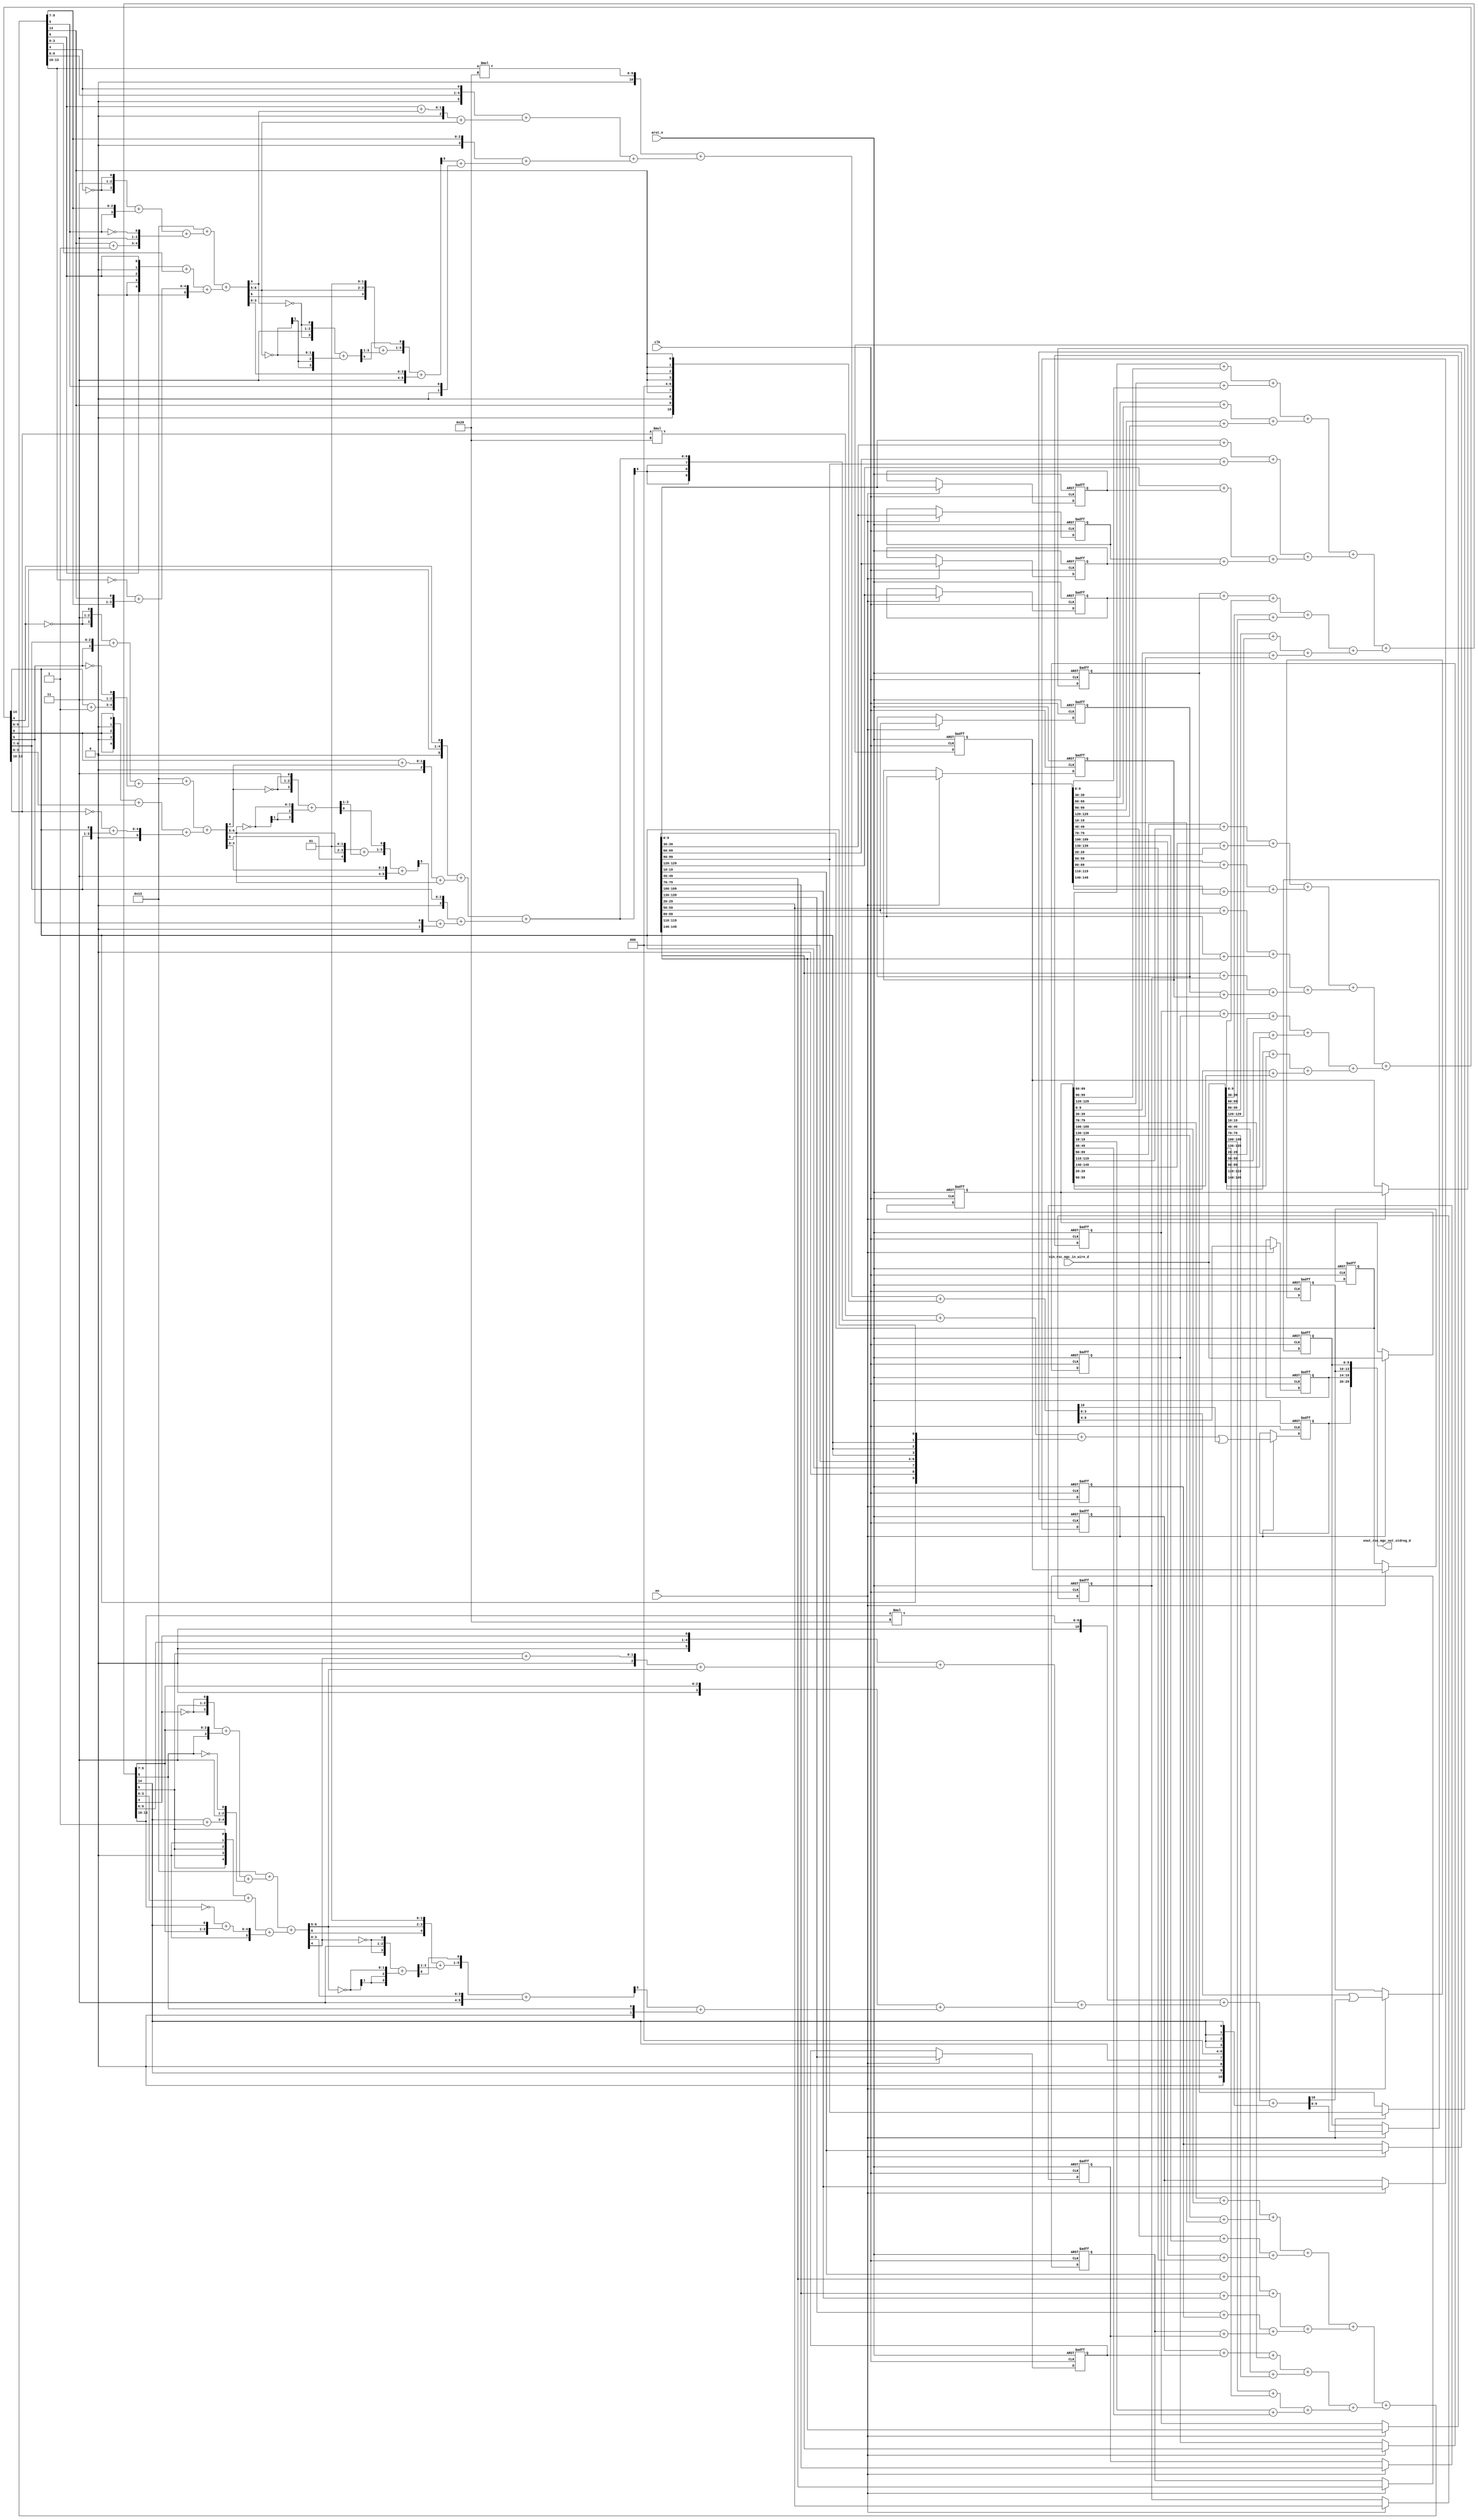
module mean_vga_core (
  clk, en, arst_n, vin_rsc_mgc_in_wire_d, vout_rsc_mgc_out_stdreg_d
);
  input clk;
  input en;
  input arst_n;
  input [149:0] vin_rsc_mgc_in_wire_d;
  output [29:0] vout_rsc_mgc_out_stdreg_d;


  // Interconnect Declarations
  reg [149:0] regs_regs_3_sva_1;
  reg [149:0] regs_regs_2_sva_1;
  reg [9:0] slc_regs_regs_4_itm;
  reg [9:0] slc_regs_regs_4_1_itm;
  reg [9:0] slc_regs_regs_4_2_itm;
  reg [9:0] slc_regs_regs_4_3_itm;
  reg [9:0] slc_regs_regs_4_4_itm;
  reg [9:0] slc_regs_regs_4_5_itm;
  reg [9:0] slc_regs_regs_4_6_itm;
  reg [9:0] slc_regs_regs_4_7_itm;
  reg [9:0] slc_regs_regs_4_8_itm;
  reg [9:0] slc_regs_regs_4_9_itm;
  reg [9:0] slc_regs_regs_4_10_itm;
  reg [9:0] slc_regs_regs_4_11_itm;
  reg [9:0] slc_regs_regs_4_12_itm;
  reg [9:0] slc_regs_regs_4_13_itm;
  reg [9:0] slc_regs_regs_4_14_itm;
  reg [149:0] reg_regs_regs_0_sva_cse;
  reg [9:0] reg_vout_rsc_mgc_out_stdreg_d_tmp;
  wire [11:0] nl_reg_vout_rsc_mgc_out_stdreg_d_tmp;
  reg [5:0] reg_vout_rsc_mgc_out_stdreg_d_tmp_1;
  reg [3:0] reg_vout_rsc_mgc_out_stdreg_d_tmp_2;
  reg [9:0] reg_vout_rsc_mgc_out_stdreg_d_tmp_3;
  wire [14:0] ACC_acc_psp_sva;
  wire [15:0] nl_ACC_acc_psp_sva;
  wire [6:0] acc_imod_sva;
  wire [8:0] nl_acc_imod_sva;
  wire [3:0] acc_69_sdt;
  wire [4:0] nl_acc_69_sdt;
  wire [10:0] acc_15_psp_1_sva;
  wire [12:0] nl_acc_15_psp_1_sva;
  wire [10:0] acc_23_psp_1_sva;
  wire [12:0] nl_acc_23_psp_1_sva;
  wire [14:0] ACC_acc_33_psp_sva;
  wire [15:0] nl_ACC_acc_33_psp_sva;
  wire [6:0] acc_imod_4_sva;
  wire [8:0] nl_acc_imod_4_sva;
  wire [3:0] acc_60_sdt;
  wire [4:0] nl_acc_60_sdt;
  wire [14:0] ACC_acc_32_psp_sva;
  wire [15:0] nl_ACC_acc_32_psp_sva;
  wire [6:0] acc_imod_2_sva;
  wire [8:0] nl_acc_imod_2_sva;
  wire [3:0] acc_44_sdt;
  wire [4:0] nl_acc_44_sdt;


  // Interconnect Declarations for Component Instantiations 
  assign vout_rsc_mgc_out_stdreg_d = {reg_vout_rsc_mgc_out_stdreg_d_tmp , reg_vout_rsc_mgc_out_stdreg_d_tmp_1
      , reg_vout_rsc_mgc_out_stdreg_d_tmp_2 , reg_vout_rsc_mgc_out_stdreg_d_tmp_3};
  assign nl_ACC_acc_psp_sva = conv_u2u_14_15(conv_u2u_13_14(conv_u2u_12_13(conv_u2u_11_12(conv_u2u_10_11(reg_regs_regs_0_sva_cse[89:80])
      + conv_u2u_10_11(reg_regs_regs_0_sva_cse[119:110])) + conv_u2u_11_12(conv_u2u_10_11(reg_regs_regs_0_sva_cse[149:140])
      + conv_u2u_10_11(regs_regs_2_sva_1[29:20]))) + conv_u2u_12_13(conv_u2u_11_12(conv_u2u_10_11(regs_regs_2_sva_1[59:50])
      + conv_u2u_10_11(regs_regs_2_sva_1[89:80])) + conv_u2u_11_12(conv_u2u_10_11(regs_regs_2_sva_1[119:110])
      + conv_u2u_10_11(regs_regs_2_sva_1[149:140])))) + conv_u2u_13_14(conv_u2u_12_13(conv_u2u_11_12(conv_u2u_10_11(regs_regs_3_sva_1[29:20])
      + conv_u2u_10_11(regs_regs_3_sva_1[59:50])) + conv_u2u_11_12(conv_u2u_10_11(regs_regs_3_sva_1[89:80])
      + conv_u2u_10_11(regs_regs_3_sva_1[119:110]))) + conv_u2u_12_13(conv_u2u_11_12(conv_u2u_10_11(regs_regs_3_sva_1[149:140])
      + conv_u2u_10_11(slc_regs_regs_4_itm)) + conv_u2u_11_12(conv_u2u_10_11(slc_regs_regs_4_1_itm)
      + conv_u2u_10_11(slc_regs_regs_4_2_itm))))) + conv_u2u_14_15(conv_u2u_13_14(conv_u2u_12_13(conv_u2u_11_12(conv_u2u_10_11(slc_regs_regs_4_3_itm)
      + conv_u2u_10_11(slc_regs_regs_4_4_itm)) + conv_u2u_10_12(vin_rsc_mgc_in_wire_d[29:20]))
      + conv_u2u_11_13(conv_u2u_10_11(vin_rsc_mgc_in_wire_d[59:50]) + conv_u2u_10_11(vin_rsc_mgc_in_wire_d[89:80])))
      + conv_u2u_12_14(conv_u2u_11_12(conv_u2u_10_11(vin_rsc_mgc_in_wire_d[119:110])
      + conv_u2u_10_11(vin_rsc_mgc_in_wire_d[149:140])) + conv_u2u_11_12(conv_u2u_10_11(reg_regs_regs_0_sva_cse[29:20])
      + conv_u2u_10_11(reg_regs_regs_0_sva_cse[59:50]))));
  assign ACC_acc_psp_sva = nl_ACC_acc_psp_sva[14:0];
  assign nl_acc_imod_sva = conv_s2s_6_7(6'b10011 + (conv_u2u_5_6(conv_u2u_4_5({(~
      (ACC_acc_psp_sva[4])) , 2'b11 , (~ (ACC_acc_psp_sva[4]))}) + conv_u2u_4_5({(ACC_acc_psp_sva[5])
      , (ACC_acc_psp_sva[9:7])})) + conv_u2u_5_6({(conv_u2u_1_2(ACC_acc_psp_sva[14])
      + 2'b1) , 2'b11 , (~ (ACC_acc_psp_sva[5]))}))) + (conv_s2s_5_7(({(ACC_acc_psp_sva[6])
      , 1'b0 , (ACC_acc_psp_sva[6]) , 1'b0 , (ACC_acc_psp_sva[6])}) + conv_u2s_4_5(ACC_acc_psp_sva[3:0]))
      + conv_u2s_5_7(conv_u2u_4_5(~ (ACC_acc_psp_sva[13:10])) + conv_u2u_4_5({(ACC_acc_psp_sva[9:7])
      , (ACC_acc_psp_sva[14])})));
  assign acc_imod_sva = nl_acc_imod_sva[6:0];
  assign nl_acc_69_sdt = ({(~ (acc_imod_sva[4])) , 2'b11 , (~ (acc_imod_sva[4]))})
      + conv_s2u_2_4(~ (acc_imod_sva[6:5]));
  assign acc_69_sdt = nl_acc_69_sdt[3:0];
  assign nl_acc_15_psp_1_sva = (conv_u2s_10_12(conv_u2s_20_11(conv_u2u_4_10(ACC_acc_32_psp_sva[13:10])
      * 10'b101001)) + conv_s2s_7_11((conv_u2s_5_7({(ACC_acc_32_psp_sva[9:6]) , (ACC_acc_32_psp_sva[4])})
      + conv_s2s_3_7(conv_u2s_2_3(conv_u2u_1_2(ACC_acc_32_psp_sva[6]) + conv_u2u_1_2(acc_imod_2_sva[4]))
      + conv_s2s_2_3(acc_imod_2_sva[6:5]))) + conv_s2s_5_7(conv_u2s_3_5(ACC_acc_32_psp_sva[9:7])
      + conv_s2s_2_5(conv_s2s_1_2(readslicef_6_1_5((({(conv_s2u_4_5({(acc_imod_2_sva[6:5])
      , 2'b1}) + conv_u2u_3_5(acc_44_sdt[3:1])) , (acc_44_sdt[0])}) + conv_s2s_5_6({1'b1
      , (acc_imod_2_sva[3:0])})))) + conv_u2s_1_2(ACC_acc_32_psp_sva[5]))))) + conv_u2s_10_11({(ACC_acc_32_psp_sva[14])
      , 1'b0 , (ACC_acc_32_psp_sva[14]) , 3'b0 , (signext_4_1(ACC_acc_32_psp_sva[14]))});
  assign acc_15_psp_1_sva = nl_acc_15_psp_1_sva[10:0];
  assign nl_acc_23_psp_1_sva = (conv_u2s_10_12(conv_u2s_20_11(conv_u2u_4_10(ACC_acc_33_psp_sva[13:10])
      * 10'b101001)) + conv_s2s_7_11((conv_u2s_5_7({(ACC_acc_33_psp_sva[9:6]) , (ACC_acc_33_psp_sva[4])})
      + conv_s2s_3_7(conv_u2s_2_3(conv_u2u_1_2(ACC_acc_33_psp_sva[6]) + conv_u2u_1_2(acc_imod_4_sva[4]))
      + conv_s2s_2_3(acc_imod_4_sva[6:5]))) + conv_s2s_5_7(conv_u2s_3_5(ACC_acc_33_psp_sva[9:7])
      + conv_s2s_2_5(conv_s2s_1_2(readslicef_6_1_5((({(conv_s2u_4_5({(acc_imod_4_sva[6:5])
      , 2'b1}) + conv_u2u_3_5(acc_60_sdt[3:1])) , (acc_60_sdt[0])}) + conv_s2s_5_6({1'b1
      , (acc_imod_4_sva[3:0])})))) + conv_u2s_1_2(ACC_acc_33_psp_sva[5]))))) + conv_u2s_10_11({(ACC_acc_33_psp_sva[14])
      , 1'b0 , (ACC_acc_33_psp_sva[14]) , 3'b0 , (signext_4_1(ACC_acc_33_psp_sva[14]))});
  assign acc_23_psp_1_sva = nl_acc_23_psp_1_sva[10:0];
  assign nl_ACC_acc_33_psp_sva = conv_u2u_14_15(conv_u2u_13_14(conv_u2u_12_13(conv_u2u_11_12(conv_u2u_10_11(reg_regs_regs_0_sva_cse[69:60])
      + conv_u2u_10_11(reg_regs_regs_0_sva_cse[99:90])) + conv_u2u_11_12(conv_u2u_10_11(reg_regs_regs_0_sva_cse[129:120])
      + conv_u2u_10_11(regs_regs_2_sva_1[9:0]))) + conv_u2u_12_13(conv_u2u_11_12(conv_u2u_10_11(regs_regs_2_sva_1[39:30])
      + conv_u2u_10_11(regs_regs_2_sva_1[69:60])) + conv_u2u_11_12(conv_u2u_10_11(regs_regs_2_sva_1[99:90])
      + conv_u2u_10_11(regs_regs_2_sva_1[129:120])))) + conv_u2u_13_14(conv_u2u_12_13(conv_u2u_11_12(conv_u2u_10_11(regs_regs_3_sva_1[9:0])
      + conv_u2u_10_11(regs_regs_3_sva_1[39:30])) + conv_u2u_11_12(conv_u2u_10_11(regs_regs_3_sva_1[69:60])
      + conv_u2u_10_11(regs_regs_3_sva_1[99:90]))) + conv_u2u_12_13(conv_u2u_11_12(conv_u2u_10_11(regs_regs_3_sva_1[129:120])
      + conv_u2u_10_11(slc_regs_regs_4_10_itm)) + conv_u2u_11_12(conv_u2u_10_11(slc_regs_regs_4_11_itm)
      + conv_u2u_10_11(slc_regs_regs_4_12_itm))))) + conv_u2u_14_15(conv_u2u_13_14(conv_u2u_12_13(conv_u2u_11_12(conv_u2u_10_11(slc_regs_regs_4_13_itm)
      + conv_u2u_10_11(slc_regs_regs_4_14_itm)) + conv_u2u_10_12(vin_rsc_mgc_in_wire_d[9:0]))
      + conv_u2u_11_13(conv_u2u_10_11(vin_rsc_mgc_in_wire_d[39:30]) + conv_u2u_10_11(vin_rsc_mgc_in_wire_d[69:60])))
      + conv_u2u_12_14(conv_u2u_11_12(conv_u2u_10_11(vin_rsc_mgc_in_wire_d[99:90])
      + conv_u2u_10_11(vin_rsc_mgc_in_wire_d[129:120])) + conv_u2u_11_12(conv_u2u_10_11(reg_regs_regs_0_sva_cse[9:0])
      + conv_u2u_10_11(reg_regs_regs_0_sva_cse[39:30]))));
  assign ACC_acc_33_psp_sva = nl_ACC_acc_33_psp_sva[14:0];
  assign nl_acc_imod_4_sva = conv_s2s_6_7(6'b10011 + (conv_u2u_5_6(conv_u2u_4_5({(~
      (ACC_acc_33_psp_sva[4])) , 2'b11 , (~ (ACC_acc_33_psp_sva[4]))}) + conv_u2u_4_5({(ACC_acc_33_psp_sva[5])
      , (ACC_acc_33_psp_sva[9:7])})) + conv_u2u_5_6({(conv_u2u_1_2(ACC_acc_33_psp_sva[14])
      + 2'b1) , 2'b11 , (~ (ACC_acc_33_psp_sva[5]))}))) + (conv_s2s_5_7(({(ACC_acc_33_psp_sva[6])
      , 1'b0 , (ACC_acc_33_psp_sva[6]) , 1'b0 , (ACC_acc_33_psp_sva[6])}) + conv_u2s_4_5(ACC_acc_33_psp_sva[3:0]))
      + conv_u2s_5_7(conv_u2u_4_5(~ (ACC_acc_33_psp_sva[13:10])) + conv_u2u_4_5({(ACC_acc_33_psp_sva[9:7])
      , (ACC_acc_33_psp_sva[14])})));
  assign acc_imod_4_sva = nl_acc_imod_4_sva[6:0];
  assign nl_acc_60_sdt = ({(~ (acc_imod_4_sva[4])) , 2'b11 , (~ (acc_imod_4_sva[4]))})
      + conv_s2u_2_4(~ (acc_imod_4_sva[6:5]));
  assign acc_60_sdt = nl_acc_60_sdt[3:0];
  assign nl_ACC_acc_32_psp_sva = conv_u2u_14_15(conv_u2u_13_14(conv_u2u_12_13(conv_u2u_11_12(conv_u2u_10_11(reg_regs_regs_0_sva_cse[79:70])
      + conv_u2u_10_11(reg_regs_regs_0_sva_cse[109:100])) + conv_u2u_11_12(conv_u2u_10_11(reg_regs_regs_0_sva_cse[139:130])
      + conv_u2u_10_11(regs_regs_2_sva_1[19:10]))) + conv_u2u_12_13(conv_u2u_11_12(conv_u2u_10_11(regs_regs_2_sva_1[49:40])
      + conv_u2u_10_11(regs_regs_2_sva_1[79:70])) + conv_u2u_11_12(conv_u2u_10_11(regs_regs_2_sva_1[109:100])
      + conv_u2u_10_11(regs_regs_2_sva_1[139:130])))) + conv_u2u_13_14(conv_u2u_12_13(conv_u2u_11_12(conv_u2u_10_11(regs_regs_3_sva_1[19:10])
      + conv_u2u_10_11(regs_regs_3_sva_1[49:40])) + conv_u2u_11_12(conv_u2u_10_11(regs_regs_3_sva_1[79:70])
      + conv_u2u_10_11(regs_regs_3_sva_1[109:100]))) + conv_u2u_12_13(conv_u2u_11_12(conv_u2u_10_11(regs_regs_3_sva_1[139:130])
      + conv_u2u_10_11(slc_regs_regs_4_5_itm)) + conv_u2u_11_12(conv_u2u_10_11(slc_regs_regs_4_6_itm)
      + conv_u2u_10_11(slc_regs_regs_4_7_itm))))) + conv_u2u_14_15(conv_u2u_13_14(conv_u2u_12_13(conv_u2u_11_12(conv_u2u_10_11(slc_regs_regs_4_8_itm)
      + conv_u2u_10_11(slc_regs_regs_4_9_itm)) + conv_u2u_10_12(vin_rsc_mgc_in_wire_d[19:10]))
      + conv_u2u_11_13(conv_u2u_10_11(vin_rsc_mgc_in_wire_d[49:40]) + conv_u2u_10_11(vin_rsc_mgc_in_wire_d[79:70])))
      + conv_u2u_12_14(conv_u2u_11_12(conv_u2u_10_11(vin_rsc_mgc_in_wire_d[109:100])
      + conv_u2u_10_11(vin_rsc_mgc_in_wire_d[139:130])) + conv_u2u_11_12(conv_u2u_10_11(reg_regs_regs_0_sva_cse[19:10])
      + conv_u2u_10_11(reg_regs_regs_0_sva_cse[49:40]))));
  assign ACC_acc_32_psp_sva = nl_ACC_acc_32_psp_sva[14:0];
  assign nl_acc_imod_2_sva = conv_s2s_6_7(6'b10011 + (conv_u2u_5_6(conv_u2u_4_5({(~
      (ACC_acc_32_psp_sva[4])) , 2'b11 , (~ (ACC_acc_32_psp_sva[4]))}) + conv_u2u_4_5({(ACC_acc_32_psp_sva[5])
      , (ACC_acc_32_psp_sva[9:7])})) + conv_u2u_5_6({(conv_u2u_1_2(ACC_acc_32_psp_sva[14])
      + 2'b1) , 2'b11 , (~ (ACC_acc_32_psp_sva[5]))}))) + (conv_s2s_5_7(({(ACC_acc_32_psp_sva[6])
      , 1'b0 , (ACC_acc_32_psp_sva[6]) , 1'b0 , (ACC_acc_32_psp_sva[6])}) + conv_u2s_4_5(ACC_acc_32_psp_sva[3:0]))
      + conv_u2s_5_7(conv_u2u_4_5(~ (ACC_acc_32_psp_sva[13:10])) + conv_u2u_4_5({(ACC_acc_32_psp_sva[9:7])
      , (ACC_acc_32_psp_sva[14])})));
  assign acc_imod_2_sva = nl_acc_imod_2_sva[6:0];
  assign nl_acc_44_sdt = ({(~ (acc_imod_2_sva[4])) , 2'b11 , (~ (acc_imod_2_sva[4]))})
      + conv_s2u_2_4(~ (acc_imod_2_sva[6:5]));
  assign acc_44_sdt = nl_acc_44_sdt[3:0];
  always @(posedge clk or negedge arst_n) begin
    if ( ~ arst_n ) begin
      reg_regs_regs_0_sva_cse <= 150'b0;
      regs_regs_2_sva_1 <= 150'b0;
      regs_regs_3_sva_1 <= 150'b0;
      slc_regs_regs_4_10_itm <= 10'b0;
      slc_regs_regs_4_11_itm <= 10'b0;
      slc_regs_regs_4_12_itm <= 10'b0;
      slc_regs_regs_4_13_itm <= 10'b0;
      slc_regs_regs_4_14_itm <= 10'b0;
      slc_regs_regs_4_5_itm <= 10'b0;
      slc_regs_regs_4_6_itm <= 10'b0;
      slc_regs_regs_4_7_itm <= 10'b0;
      slc_regs_regs_4_8_itm <= 10'b0;
      slc_regs_regs_4_9_itm <= 10'b0;
      slc_regs_regs_4_itm <= 10'b0;
      slc_regs_regs_4_1_itm <= 10'b0;
      slc_regs_regs_4_2_itm <= 10'b0;
      slc_regs_regs_4_3_itm <= 10'b0;
      slc_regs_regs_4_4_itm <= 10'b0;
      reg_vout_rsc_mgc_out_stdreg_d_tmp <= 10'b0;
      reg_vout_rsc_mgc_out_stdreg_d_tmp_1 <= 6'b0;
      reg_vout_rsc_mgc_out_stdreg_d_tmp_2 <= 4'b0;
      reg_vout_rsc_mgc_out_stdreg_d_tmp_3 <= 10'b0;
    end
    else begin
      if ( en ) begin
        reg_regs_regs_0_sva_cse <= vin_rsc_mgc_in_wire_d;
        regs_regs_2_sva_1 <= reg_regs_regs_0_sva_cse;
        regs_regs_3_sva_1 <= regs_regs_2_sva_1;
        slc_regs_regs_4_10_itm <= regs_regs_3_sva_1[9:0];
        slc_regs_regs_4_11_itm <= regs_regs_3_sva_1[39:30];
        slc_regs_regs_4_12_itm <= regs_regs_3_sva_1[69:60];
        slc_regs_regs_4_13_itm <= regs_regs_3_sva_1[99:90];
        slc_regs_regs_4_14_itm <= regs_regs_3_sva_1[129:120];
        slc_regs_regs_4_5_itm <= regs_regs_3_sva_1[19:10];
        slc_regs_regs_4_6_itm <= regs_regs_3_sva_1[49:40];
        slc_regs_regs_4_7_itm <= regs_regs_3_sva_1[79:70];
        slc_regs_regs_4_8_itm <= regs_regs_3_sva_1[109:100];
        slc_regs_regs_4_9_itm <= regs_regs_3_sva_1[139:130];
        slc_regs_regs_4_itm <= regs_regs_3_sva_1[29:20];
        slc_regs_regs_4_1_itm <= regs_regs_3_sva_1[59:50];
        slc_regs_regs_4_2_itm <= regs_regs_3_sva_1[89:80];
        slc_regs_regs_4_3_itm <= regs_regs_3_sva_1[119:110];
        slc_regs_regs_4_4_itm <= regs_regs_3_sva_1[149:140];
        reg_vout_rsc_mgc_out_stdreg_d_tmp <= ((conv_u2s_20_10(conv_u2u_4_10(ACC_acc_psp_sva[13:10])
            * 10'b101001) + conv_s2s_7_10((conv_u2s_5_7({(ACC_acc_psp_sva[9:6]) ,
            (ACC_acc_psp_sva[4])}) + conv_s2s_3_7(conv_u2s_2_3(conv_u2u_1_2(ACC_acc_psp_sva[6])
            + conv_u2u_1_2(acc_imod_sva[4])) + conv_s2s_2_3(acc_imod_sva[6:5])))
            + conv_s2s_5_7(conv_u2s_3_5(ACC_acc_psp_sva[9:7]) + conv_s2s_2_5(conv_s2s_1_2(readslicef_6_1_5((({(conv_s2u_4_5({(acc_imod_sva[6:5])
            , 2'b1}) + conv_u2u_3_5(acc_69_sdt[3:1])) , (acc_69_sdt[0])}) + conv_s2s_5_6({1'b1
            , (acc_imod_sva[3:0])})))) + conv_u2s_1_2(ACC_acc_psp_sva[5]))))) + ({(ACC_acc_psp_sva[14])
            , 1'b0 , (ACC_acc_psp_sva[14]) , 3'b0 , (signext_4_1(ACC_acc_psp_sva[14]))}))
            | ({9'b0 , (acc_15_psp_1_sva[10])});
        reg_vout_rsc_mgc_out_stdreg_d_tmp_1 <= acc_15_psp_1_sva[9:4];
        reg_vout_rsc_mgc_out_stdreg_d_tmp_2 <= (acc_15_psp_1_sva[3:0]) | ({3'b0 ,
            (acc_23_psp_1_sva[10])});
        reg_vout_rsc_mgc_out_stdreg_d_tmp_3 <= acc_23_psp_1_sva[9:0];
      end
    end
  end

  function [0:0] readslicef_6_1_5;
    input [5:0] vector;
    reg [5:0] tmp;
  begin
    tmp = vector >> 5;
    readslicef_6_1_5 = tmp[0:0];
  end
  endfunction


  function [3:0] signext_4_1;
    input [0:0] vector;
  begin
    signext_4_1= {{3{vector[0]}}, vector};
  end
  endfunction


  function  [14:0] conv_u2u_14_15 ;
    input [13:0]  vector ;
  begin
    conv_u2u_14_15 = {1'b0, vector};
  end
  endfunction


  function  [13:0] conv_u2u_13_14 ;
    input [12:0]  vector ;
  begin
    conv_u2u_13_14 = {1'b0, vector};
  end
  endfunction


  function  [12:0] conv_u2u_12_13 ;
    input [11:0]  vector ;
  begin
    conv_u2u_12_13 = {1'b0, vector};
  end
  endfunction


  function  [11:0] conv_u2u_11_12 ;
    input [10:0]  vector ;
  begin
    conv_u2u_11_12 = {1'b0, vector};
  end
  endfunction


  function  [10:0] conv_u2u_10_11 ;
    input [9:0]  vector ;
  begin
    conv_u2u_10_11 = {1'b0, vector};
  end
  endfunction


  function  [11:0] conv_u2u_10_12 ;
    input [9:0]  vector ;
  begin
    conv_u2u_10_12 = {{2{1'b0}}, vector};
  end
  endfunction


  function  [12:0] conv_u2u_11_13 ;
    input [10:0]  vector ;
  begin
    conv_u2u_11_13 = {{2{1'b0}}, vector};
  end
  endfunction


  function  [13:0] conv_u2u_12_14 ;
    input [11:0]  vector ;
  begin
    conv_u2u_12_14 = {{2{1'b0}}, vector};
  end
  endfunction


  function signed [6:0] conv_s2s_6_7 ;
    input signed [5:0]  vector ;
  begin
    conv_s2s_6_7 = {vector[5], vector};
  end
  endfunction


  function  [5:0] conv_u2u_5_6 ;
    input [4:0]  vector ;
  begin
    conv_u2u_5_6 = {1'b0, vector};
  end
  endfunction


  function  [4:0] conv_u2u_4_5 ;
    input [3:0]  vector ;
  begin
    conv_u2u_4_5 = {1'b0, vector};
  end
  endfunction


  function  [1:0] conv_u2u_1_2 ;
    input [0:0]  vector ;
  begin
    conv_u2u_1_2 = {1'b0, vector};
  end
  endfunction


  function signed [6:0] conv_s2s_5_7 ;
    input signed [4:0]  vector ;
  begin
    conv_s2s_5_7 = {{2{vector[4]}}, vector};
  end
  endfunction


  function signed [4:0] conv_u2s_4_5 ;
    input [3:0]  vector ;
  begin
    conv_u2s_4_5 = {1'b0, vector};
  end
  endfunction


  function signed [6:0] conv_u2s_5_7 ;
    input [4:0]  vector ;
  begin
    conv_u2s_5_7 = {{2{1'b0}}, vector};
  end
  endfunction


  function  [3:0] conv_s2u_2_4 ;
    input signed [1:0]  vector ;
  begin
    conv_s2u_2_4 = {{2{vector[1]}}, vector};
  end
  endfunction


  function signed [11:0] conv_u2s_10_12 ;
    input [9:0]  vector ;
  begin
    conv_u2s_10_12 = {{2{1'b0}}, vector};
  end
  endfunction


  function signed [10:0] conv_u2s_20_11 ;
    input [19:0]  vector ;
  begin
    conv_u2s_20_11 = vector[10:0];
  end
  endfunction


  function  [9:0] conv_u2u_4_10 ;
    input [3:0]  vector ;
  begin
    conv_u2u_4_10 = {{6{1'b0}}, vector};
  end
  endfunction


  function signed [10:0] conv_s2s_7_11 ;
    input signed [6:0]  vector ;
  begin
    conv_s2s_7_11 = {{4{vector[6]}}, vector};
  end
  endfunction


  function signed [6:0] conv_s2s_3_7 ;
    input signed [2:0]  vector ;
  begin
    conv_s2s_3_7 = {{4{vector[2]}}, vector};
  end
  endfunction


  function signed [2:0] conv_u2s_2_3 ;
    input [1:0]  vector ;
  begin
    conv_u2s_2_3 = {1'b0, vector};
  end
  endfunction


  function signed [2:0] conv_s2s_2_3 ;
    input signed [1:0]  vector ;
  begin
    conv_s2s_2_3 = {vector[1], vector};
  end
  endfunction


  function signed [4:0] conv_u2s_3_5 ;
    input [2:0]  vector ;
  begin
    conv_u2s_3_5 = {{2{1'b0}}, vector};
  end
  endfunction


  function signed [4:0] conv_s2s_2_5 ;
    input signed [1:0]  vector ;
  begin
    conv_s2s_2_5 = {{3{vector[1]}}, vector};
  end
  endfunction


  function signed [1:0] conv_s2s_1_2 ;
    input signed [0:0]  vector ;
  begin
    conv_s2s_1_2 = {vector[0], vector};
  end
  endfunction


  function  [4:0] conv_s2u_4_5 ;
    input signed [3:0]  vector ;
  begin
    conv_s2u_4_5 = {vector[3], vector};
  end
  endfunction


  function  [4:0] conv_u2u_3_5 ;
    input [2:0]  vector ;
  begin
    conv_u2u_3_5 = {{2{1'b0}}, vector};
  end
  endfunction


  function signed [5:0] conv_s2s_5_6 ;
    input signed [4:0]  vector ;
  begin
    conv_s2s_5_6 = {vector[4], vector};
  end
  endfunction


  function signed [1:0] conv_u2s_1_2 ;
    input [0:0]  vector ;
  begin
    conv_u2s_1_2 = {1'b0, vector};
  end
  endfunction


  function signed [10:0] conv_u2s_10_11 ;
    input [9:0]  vector ;
  begin
    conv_u2s_10_11 = {1'b0, vector};
  end
  endfunction


  function signed [9:0] conv_u2s_20_10 ;
    input [19:0]  vector ;
  begin
    conv_u2s_20_10 = vector[9:0];
  end
  endfunction


  function signed [9:0] conv_s2s_7_10 ;
    input signed [6:0]  vector ;
  begin
    conv_s2s_7_10 = {{3{vector[6]}}, vector};
  end
  endfunction

endmodule
module mean_vga (
  vin_rsc_z, vout_rsc_z, clk, en, arst_n
);
  input [149:0] vin_rsc_z;
  output [29:0] vout_rsc_z;
  input clk;
  input en;
  input arst_n;


  // Interconnect Declarations
  wire [149:0] vin_rsc_mgc_in_wire_d;
  wire [29:0] vout_rsc_mgc_out_stdreg_d;


  // Interconnect Declarations for Component Instantiations 
  mgc_in_wire #(.rscid(1),
  .width(150)) vin_rsc_mgc_in_wire (
      .d(vin_rsc_mgc_in_wire_d),
      .z(vin_rsc_z)
    );
  mgc_out_stdreg #(.rscid(2),
  .width(30)) vout_rsc_mgc_out_stdreg (
      .d(vout_rsc_mgc_out_stdreg_d),
      .z(vout_rsc_z)
    );
  mean_vga_core mean_vga_core_inst (
      .clk(clk),
      .en(en),
      .arst_n(arst_n),
      .vin_rsc_mgc_in_wire_d(vin_rsc_mgc_in_wire_d),
      .vout_rsc_mgc_out_stdreg_d(vout_rsc_mgc_out_stdreg_d)
    );
endmodule